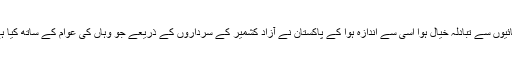
میری آزاد کشمیر کے کچھ بھائیوں سے تبادلہ خیال ہوا اسی سے اندازہ ہوا کے پاکستان نے آزاد کشمیر کے سرداروں کے ذریعے جو وہاں کی عوام کے ساتھ کیا ہے، اس سے وہ بہت نالاں ہیں۔